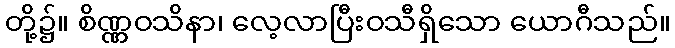
တို့၌။ စိဏ္ဏဝသိနာ၊ လေ့လာပြီးဝသီရှိသော ယောဂီသည်။